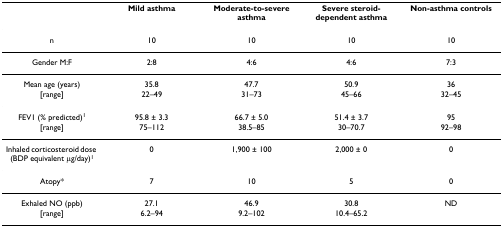
<table><thead><tr><td></td><td><b>Mild asthma</b></td><td><b>Moderate-to-severe asthma</b></td><td><b>Severe steroid-dependent asthma</b></td><td><b>Non-asthma controls</b></td></tr></thead><tbody><tr><td>n</td><td>10</td><td>10</td><td>10</td><td>10</td></tr><tr><td>Gender M:F</td><td>2:8</td><td>4:6</td><td>4:6</td><td>7:3</td></tr><tr><td>Mean age (years)</td><td>35.8</td><td>47.7</td><td>50.9</td><td>36</td></tr><tr><td>[range]</td><td>22–49</td><td>31–73</td><td>45–66</td><td>32–45</td></tr><tr><td>FEV1 (% predicted)<sup>1</sup></td><td>95.8 ± 3.3</td><td>66.7 ± 5.0</td><td>51.4 ± 3.7</td><td>95</td></tr><tr><td>[range]</td><td>75–112</td><td>38.5–85</td><td>30–70.7</td><td>92–98</td></tr><tr><td>Inhaled corticosteroid dose (BDP equivalent μg/day)<sup>1</sup></td><td>0</td><td>1,900 ± 100</td><td>2,000 ± 0</td><td>0</td></tr><tr><td>Atopy*</td><td>7</td><td>10</td><td>5</td><td>0</td></tr><tr><td>Exhaled NO (ppb)</td><td>27.1</td><td>46.9</td><td>30.8</td><td>ND</td></tr><tr><td>[range]</td><td>6.2–94</td><td>9.2–102</td><td>10.4–65.2</td><td></td></tr></tbody></table>